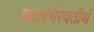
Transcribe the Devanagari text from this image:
कालभैरवतीर्थ